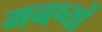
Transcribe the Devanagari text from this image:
मनष्यों